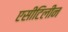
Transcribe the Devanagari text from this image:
एसीटिलीन